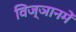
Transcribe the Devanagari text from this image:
विज्ञानमें